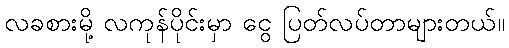
လခစားမို့ လကုန်ပိုင်းမှာ ငွေ ပြတ်လပ်တာများတယ်။